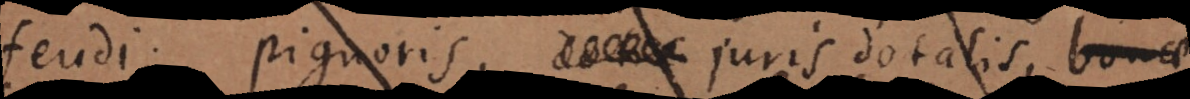
feudi, pignoris, juris dotalis, bonae